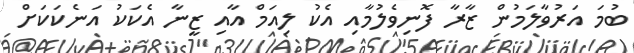
ބުމަ އަރުވާލަމުން ޒާރާ ފޮނިވެލުމާއި އެކު ލިއަމް އާއި ޒީނާ އެކަކު އަނެކަކަށް